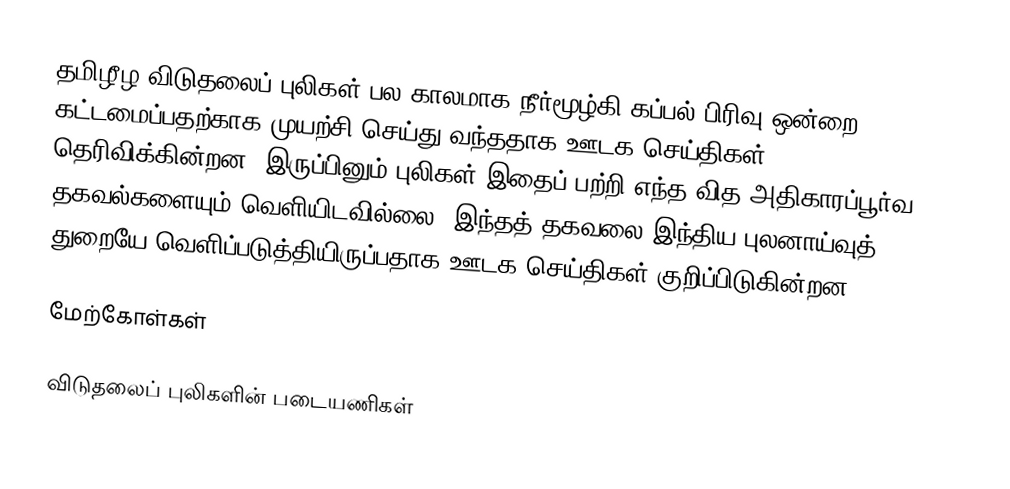
தமிழீழ விடுதலைப் புலிகள் பல காலமாக நீர்மூழ்கி கப்பல் பிரிவு ஒன்றை கட்டமைப்பதற்காக முயற்சி செய்து வந்ததாக ஊடக செய்திகள் தெரிவிக்கின்றன.  இருப்பினும் புலிகள் இதைப் பற்றி எந்த வித அதிகாரப்பூர்வ தகவல்களையும் வெளியிடவில்லை. இந்தத் தகவலை இந்திய புலனாய்வுத் துறையே வெளிப்படுத்தியிருப்பதாக ஊடக செய்திகள் குறிப்பிடுகின்றன.

மேற்கோள்கள்

விடுதலைப் புலிகளின் படையணிகள்